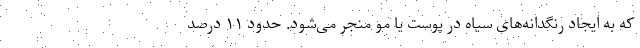
که به ایجاد رنگدانه‌های سیاه در پوست یا مو منجر می‌شود. حدود ۱۱ درصد